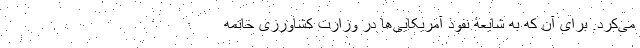
می‌کرد. برای آن که به شایعۀ نفوذ آمریکایی‌ها در وزارت کشاورزی خاتمه